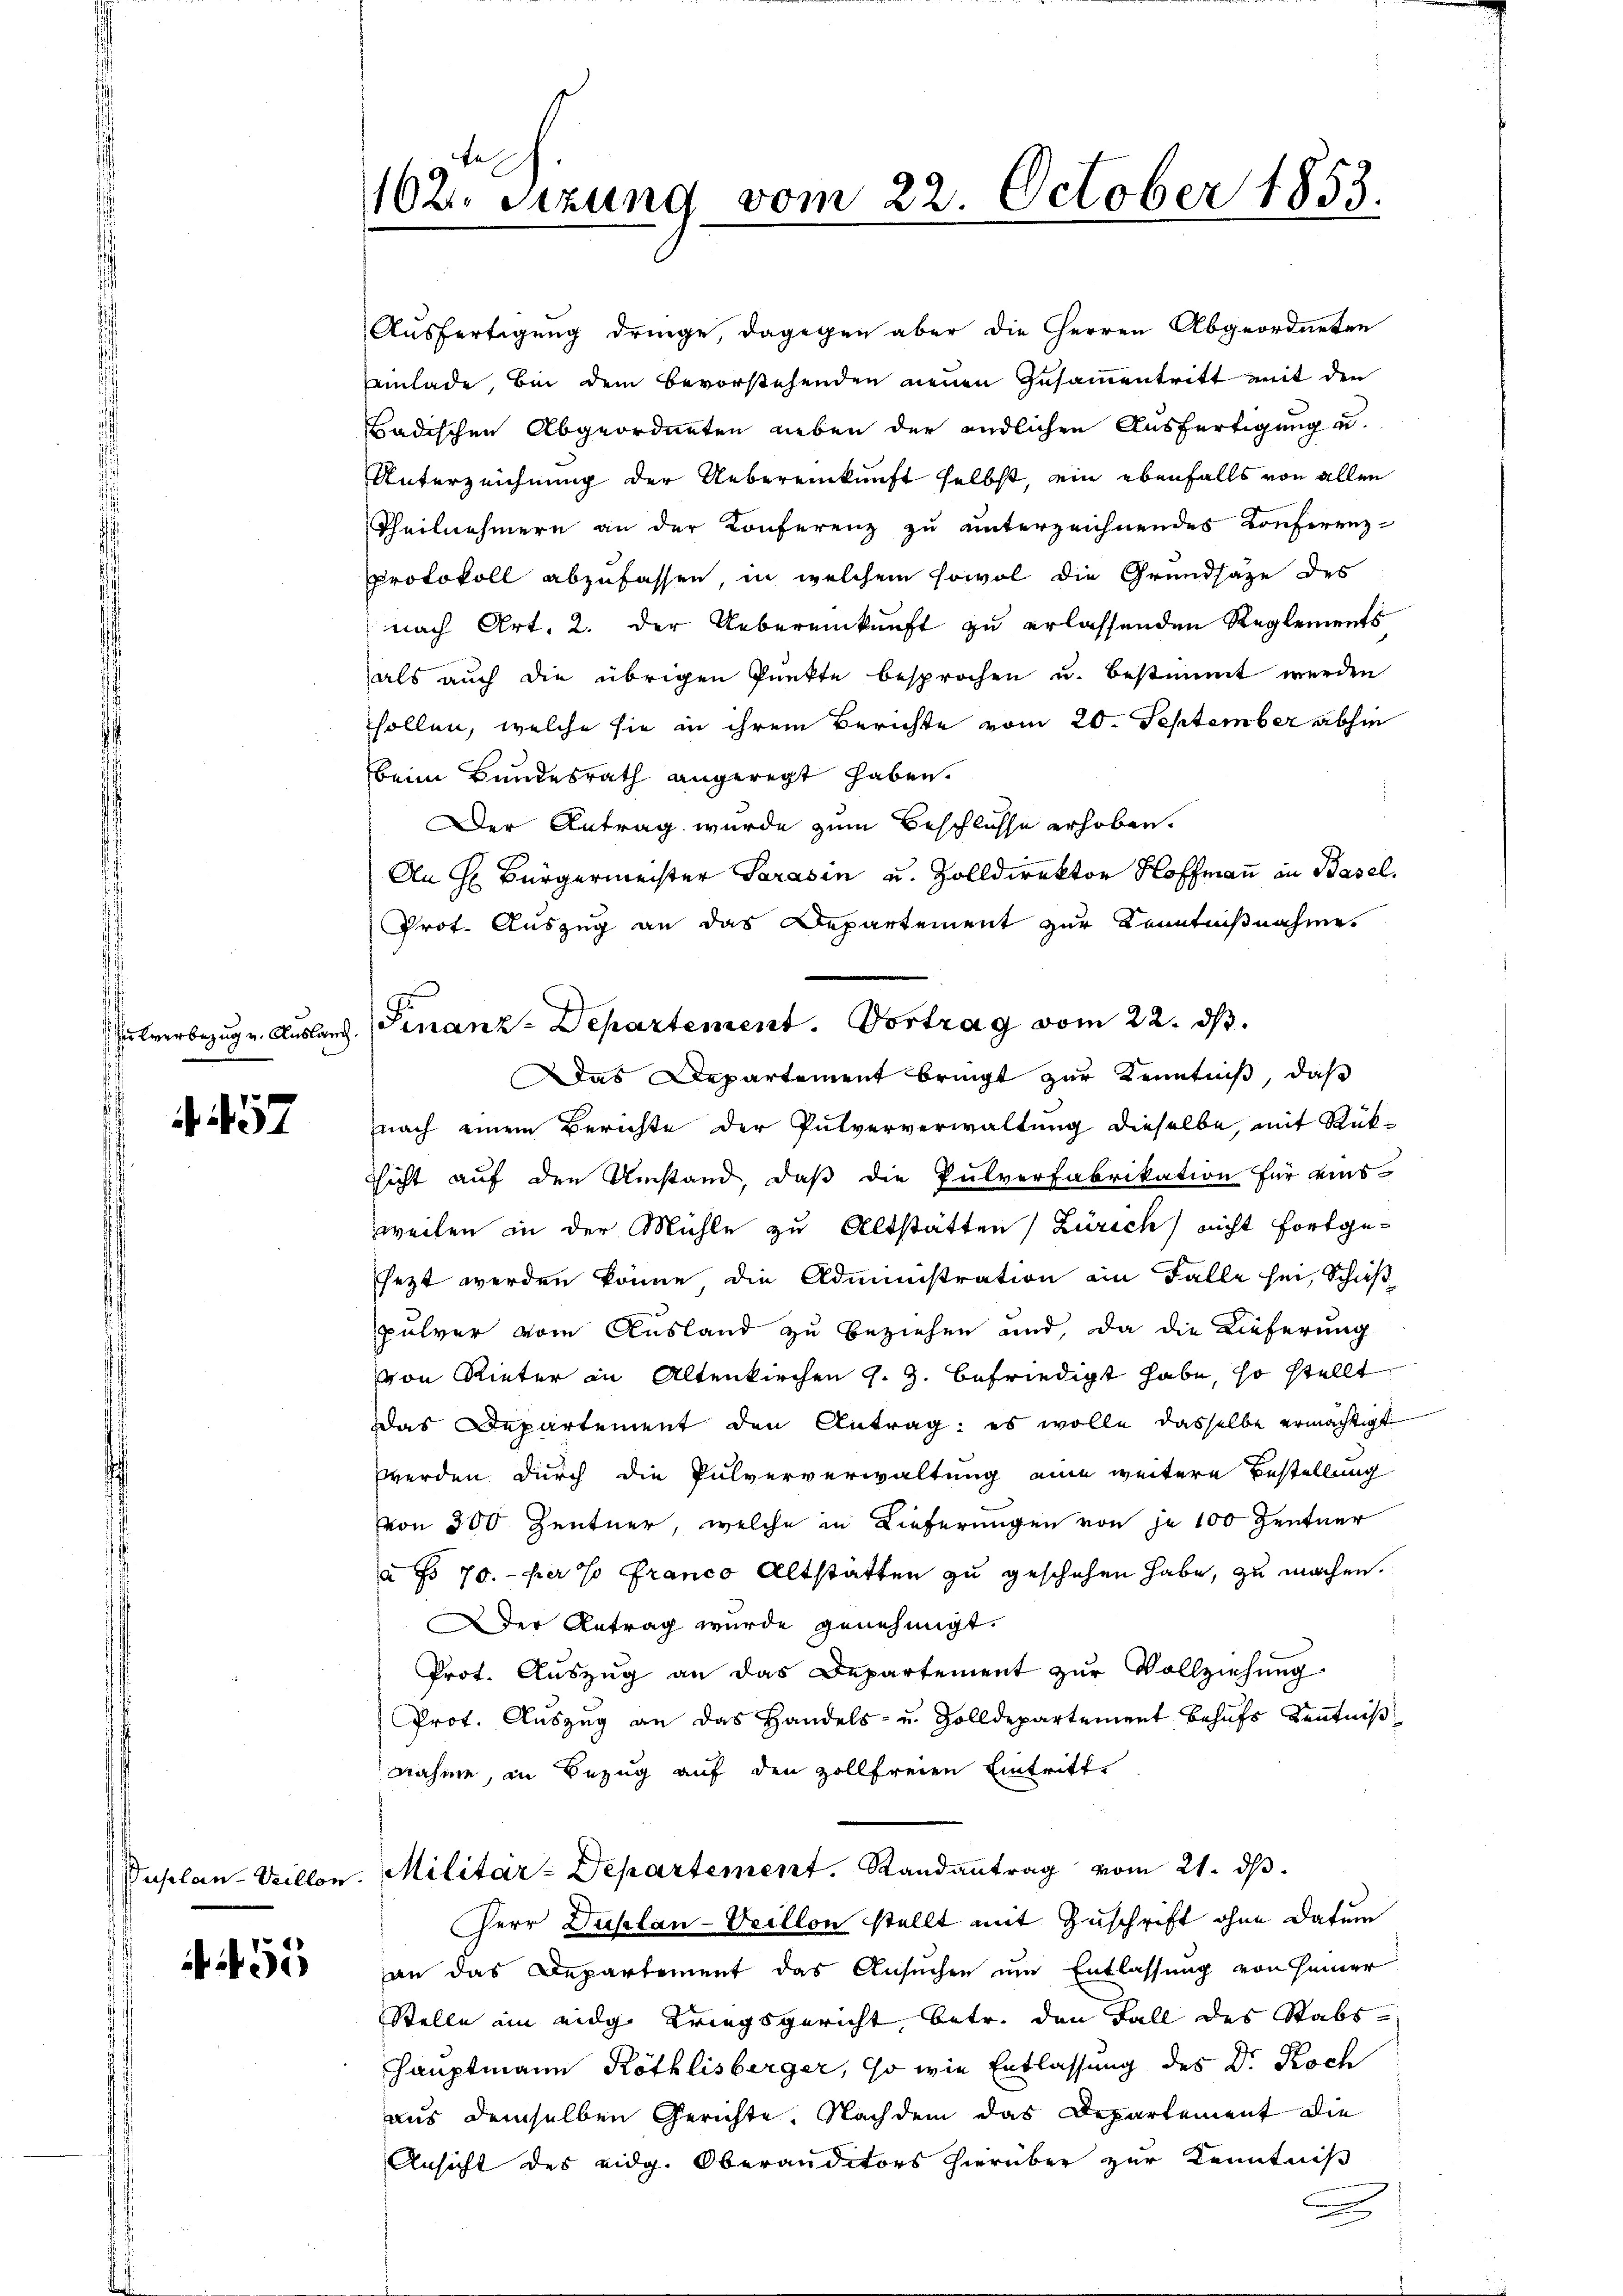
ulverbezug u. Auslang.

. 457

Duplan-Villon

55

162 sizung vom 22. October 1853.

Ausfertigung dringe, dagegen aber die Herren Abgeordneten
Einlade, bei dem bevorstehenden neuen Zusammentritt mit den
Badischen Abgeordneten neben der endlichen Ausfertigung u.
Unterzeichnung der Uebereinkunft selbst, ein ebenfalls von allen
Theilnehmern an der Konferenz zu unterzeichnendes Konferenz-
protokoll abzufassen, in welchem sowol die Grundsaze des
nach Art. 2. der Uebereinkunft zu erlassenden Reglements
als auch die übrigen Punkte besprochen u. bestimmt werden
sollen, welche sie in ihrem Berichte vom 20. September abhin
beim Bundesrath angeregt haben.
Der Antrag wurde zum Beschlüsse erhoben.
An Hr Bürgermeister Sarasin u. Zolldirektor Hoffmann in Basel.
Prot. Auszug an das Departement zur Kenntnißnahme
Das Departement bringt zur Kenntniß, daß
nach einem Berichte der Pulververwaltung dieselbe, mit Rüksicht auf den Umstand, daß die Pulverfabrikation für eins-
weilen in der Mühle zu Altstätten Zürich) nicht fortge-
sezt werden könne die Administration ein Falle sei, Schußpulver vom Ausland zu beziehen und, da die Lieferung
von Rieter in Altenkirchen s. Z. befriedigt habe, so stellt
Das Departement den Antrag: es wolle dasselbe ermächtigt
werden durch die Pulververwaltung eine weitere Bestellung
von 300 Zentner, welche in Lieferungen von je 100 Zentner
à fs 70. per so franco Altstatten zu geschehen habe, zu machen.
der Antrag wurde genehmigt.
Prot. Auszug an das Departement zur Vollziehung
Prot. Aŭszŭg an das Handels- u. Zolldepartement behŭfs Kenntniβ
nahme, in Bezug auf den zollfreien Eintritt
Militar-Departement. Randantrag vom 21. d.
Herr Duplan-Veillon stellt mit Zuschrift ohne Datum
an das Departement das Ansuchen um Entlassung von seiner
Stelle im eidg. Kriegsgericht, betr. den Fall des Stabs¬
Hauptmann Röthlisberger, so wie Entlassung des Dr. Koch
aus demselben Gerichte. Nachdem das Departement die
Ansicht des eidg. Oberanditors hierüber zur Kenntniß
g

Finanz-Departement. Vortrag vom 22. ds.